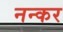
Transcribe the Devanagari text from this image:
नन्कर